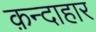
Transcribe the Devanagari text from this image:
क़न्दाहार